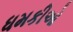
ધમકીઓ